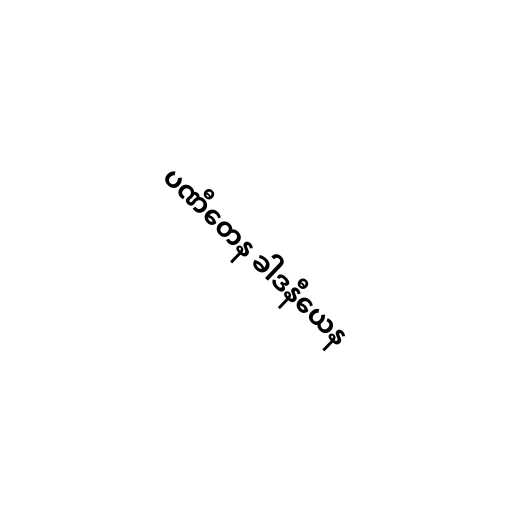
ပဏီတေန ခါဒနီယေန